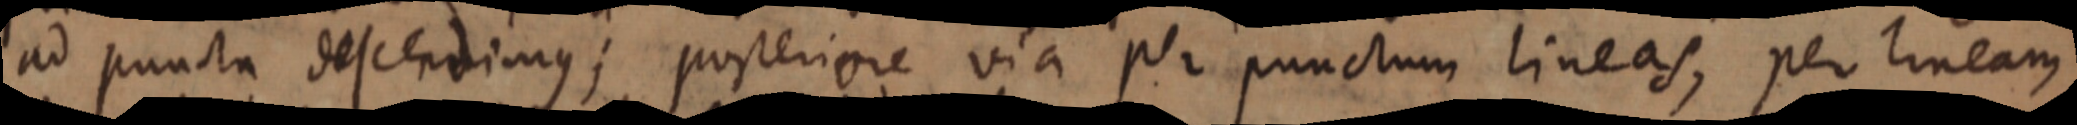
ad puncta descendimus; posteriore via per punctum lineas, per lineam